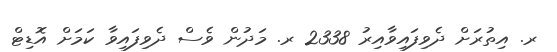
ރ. އިތުރަށް ދެވިފައިވާއިރު 2338 ރ. މަދުން ވެސް ދެވިފައިވާ ކަމަށް އޮޑިޓް